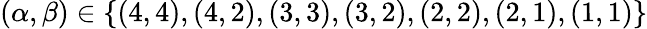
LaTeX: (\alpha,\beta)\in\{ (4,4),(4,2),(3,3),(3,2),(2,2),(2,1),(1,1)\}